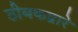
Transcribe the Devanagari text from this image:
ठीबकद्वारे